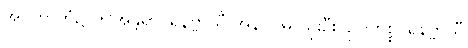
အဝိဟာဘုံ၌ ဤအန္တရာပရိနိဗ္ဗာယီ အနာဂါမ် သုးဦး၊ ဥပဟစ္စပရိနိဗ္ဗာယီ